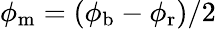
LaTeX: \phi_{\mathrm{m}}=(\phi_{\mathrm{b}}-\phi_{\mathrm{r}})/2